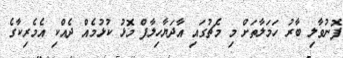
ފޮނުވާލި ބާރު ހަމަލާތަށް މި މެޗުގައި އާދަޔާހިލާފް މޮޅު ކުޅުމެއް ދެއްކި އެމެރިކާގެ